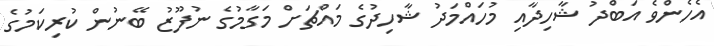
އެހެންވެ އަބްދު ޝާހިދާއި މުހައްމަދު ޝާހިދުގެ މައްޗަށް މަގާމުގެ ނުފޫޒު ބޭނުން ކުރިކަމުގެ